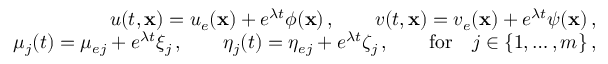
\begin{array} { r l r } & { } & { u ( t , { \bf x } ) = u _ { e } ( { \bf x } ) + e ^ { \lambda t } \phi ( { \bf x } ) \, , \qquad v ( t , { \bf x } ) = v _ { e } ( { \bf x } ) + e ^ { \lambda t } \psi ( { \bf x } ) \, , } \\ & { } & { \mu _ { j } ( t ) = \mu _ { e j } + e ^ { \lambda t } \xi _ { j } \, , \qquad \eta _ { j } ( t ) = \eta _ { e j } + e ^ { \lambda t } \zeta _ { j } \, , \qquad \mathrm { f o r } \quad j \in \lbrace { 1 , \ldots , m \rbrace } \, , } \end{array}